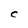
Character: C